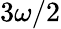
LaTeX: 3\omega/2